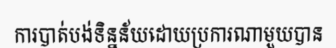
ការបាត់បង់ទិន្នន័យដោយប្រការណាមួយបាន